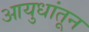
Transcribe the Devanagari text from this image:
आयुधांतून